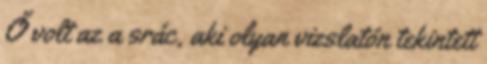
Ő volt az a srác, aki olyan vizslatón tekintett